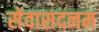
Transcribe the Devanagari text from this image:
सेवासदनम